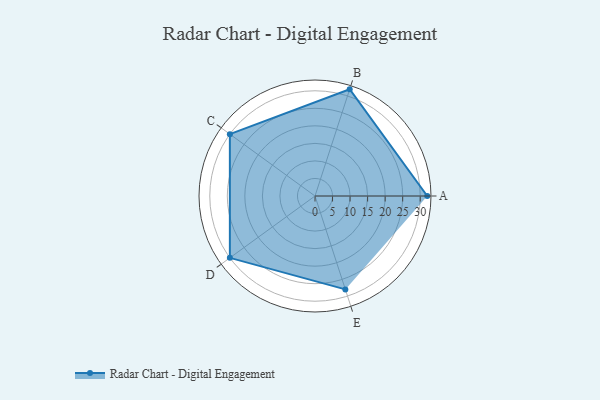
{"axis": {"x": "Skill", "y": "Score"}, "legend": ["Profile"], "data": [{"x": "A", "y": 32.0, "type": "Profile"}, {"x": "B", "y": 32.0, "type": "Profile"}, {"x": "C", "y": 30.0, "type": "Profile"}, {"x": "D", "y": 30.0, "type": "Profile"}, {"x": "E", "y": 28.0, "type": "Profile"}]}